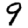
Digit: 9